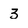
Character: 3